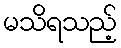
မသိရသည့်